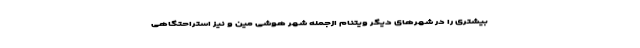
بیشتری را در شهرهای دیگر ویتنام ازجمله شهر هوشی مین و نیز استراحتگاهی